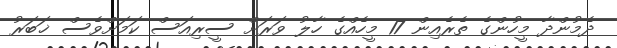
ދެމުންދާ މީހުންގެ ތެރެއިން 17 މީހެއްގެ ހާލު ވަރަށް ސީރިއަސް ކަމަށްވެސް ޚަބަރު